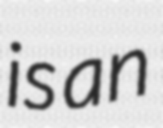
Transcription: is an